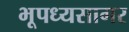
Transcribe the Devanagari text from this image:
भूपध्यसागर